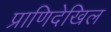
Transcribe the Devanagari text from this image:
प्राणिदेखिल